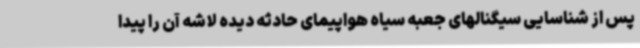
پس از شناسایی سیگنالهای جعبه سیاه هواپیمای حادثه دیده لاشه آن را پیدا